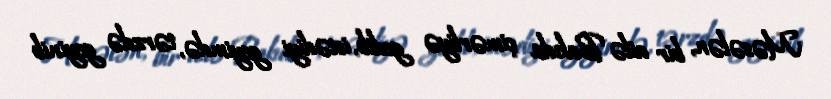
Məsələn, bir ailə Bakıda çimərliyə gedib, istədiyi geyimdə, tərzdə geyinib